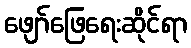
ဖျော်ဖြေရေးဆိုင်ရာ